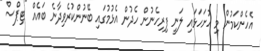
އެހެންކަމުން މި ހުށަހަޅައި ލަނީ ފިރިހެނުން ހެދުން އެޅުމުގައި ބޭނުންކުރެވިދާނެ ބައެއް "ޓިޕްސް"